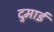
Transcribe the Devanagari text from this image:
दुमाई